Report on sanitation, dispensaries, and jails in Rajputana for 1912, and on vaccination for the year 1912-1913 - 1912-1913
Year: 1912
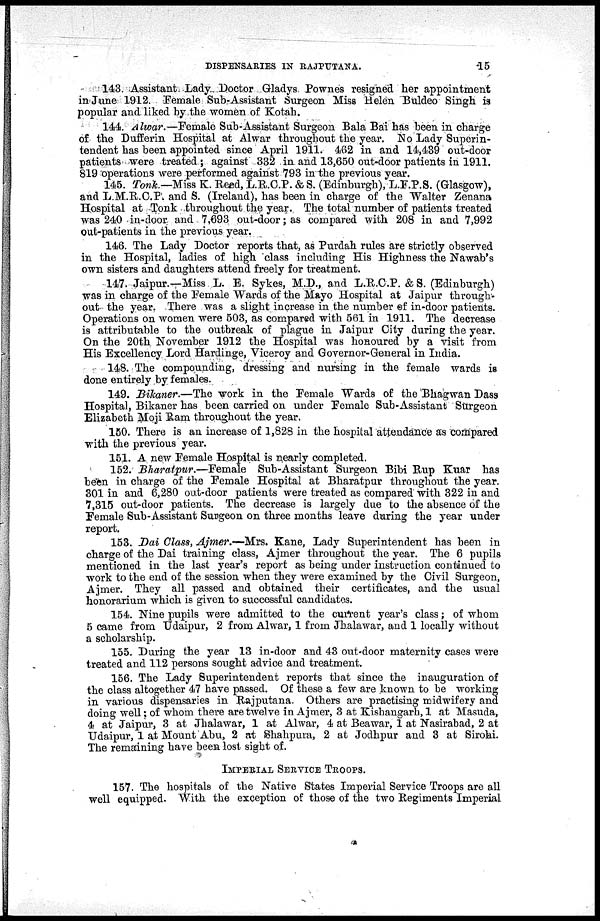
DISPENSARIES IN RAJPUTANA.
15
143. Assistant Lady Doctor Gladys Pownes resigned her appointment
in June 1912. Female Sub-Assistant Surgeon Miss Helen Buldeo Singh is
popular and liked by the women of Kotah.
144. Alwar.—Female Sub-Assistant Surgeon Bala Bai has been in charge
of the Dufferin Hospital at Alwar throughout the year. No Lady Superin-
tendent has been appointed since April 1911. 462 in and 14,439 out-door
patients were treated ; against 332 in and 13,650 out-door patients in 1911.
819 operations were performed against 793 in the previous year.
145. Tonk.— Miss K. Reed, L.R.C.P. & S. (Edinburgh), L.F.P.S. (Glasgow),
and L.M.R.C.P. and S. (Ireland), has been in charge of the Walter Zenana
Hospital at Tonk throughout the year. The total number of patients treated
was 240 in-door and 7,693 out-door; as compared with 208 in and 7,992
out-patients in the previous year.
146. The Lady Doctor reports that, as Purdah rules are strictly observed
in the Hospital, ladies of high class including His Highness the Nawab's
own sisters and daughters attend freely for treatment.
147. Jaipur.—Miss L. E. Sykes, M.D., and L.R.C.P. & S. (Edinburgh)
was in charge of the Female Wards of the Mayo Hospital at Jaipur through-
out the year. There was a slight increase in the number of in-door patients.
Operations on women were 503, as compared with 561 in 1911. The decrease
is attributable to the outbreak of plague in Jaipur City during the year.
On the 20th November 1912 the Hospital was honoured by a visit from
His Excellency Lord Hardinge, Viceroy and Governor-General in India.
148. The compounding, dressing and nursing in the female wards is
done entirely by females.
149. Bikaner.—The work in the Female Wards of the Bhagwan Dass
Hospital, Bikaner has been carried on under Female Sub-Assistant Surgeon
Elizabeth Moji Ram throughout the year.
150. There is an increase of 1,828 in the hospital attendance as compared
with the previous year.
151. A new Female Hospital is nearly completed.
152. Bharatpur.—Female
Sub-Assistant Surgeon Bibi Rup Kuar has
been in charge of the Female Hospital at Bharatpur throughout the year.
301 in and 6,280 out-door patients were treated as compared with 322 in and
7,315 out-door patients. The decrease is largely due to the absence of the
Female Sub-Assistant Surgeon on three months leave during the year under
report.
153. Dai Class, Ajmer.—Mrs. Kane, Lady Superintendent has been in
charge of the Dai training class, Ajmer throughout the year. The 6 pupils
mentioned in the last year's report as being under instruction continued to
work to the end of the session when they were examined by the Civil Surgeon,
Ajmer. They all passed and obtained their certificates, and the usual
honorarium which is given to successful candidates.
154. Nine pupils were admitted to the current year's class; of whom
5 came from Udaipur, 2 from Alwar, 1 from Jhalawar, and 1 locally without
a scholarship.
155. During the year 13 in-door and 43 out-door maternity cases were
treated and 112 persons sought advice and treatment.
156. The Lady Superintendent reports that since the inauguration of
the class altogether 47 have passed. Of these a few are known to be working
in various dispensaries in Rajputana. Others are practising midwifery and
doing well; of whom there are twelve in Ajmer, 3 at Kishangarh, 1 at Masuda,
4 at Jaipur, 3 at Jhalawar, 1 at Alwar, 4 at Beawar, 1 at Nasirabad, 2 at
Udaipur, 1 at Mount Abu, 2 at Shahpura, 2 at Jodhpur and 3 at Sirohi.
The remaining have been lost sight of.
IMPERIAL SERVICE TROOPS.
157. The hospitals of the Native States Imperial Service Troops are all
well equipped. With the exception of those of the two Regiments Imperial